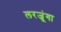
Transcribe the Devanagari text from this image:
लरजूंगा